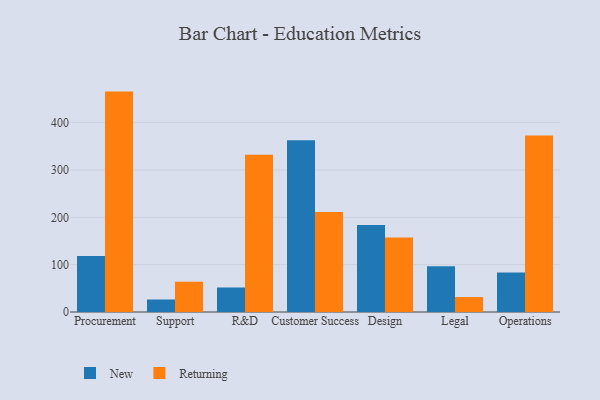
{"axis": {"x": "Department", "y": "Page Views"}, "legend": ["New", "Returning"], "data": [{"x": "Procurement", "y": 118.1, "type": "New"}, {"x": "Procurement", "y": 465.6, "type": "Returning"}, {"x": "Support", "y": 26.4, "type": "New"}, {"x": "Support", "y": 64.0, "type": "Returning"}, {"x": "R&D", "y": 51.8, "type": "New"}, {"x": "R&D", "y": 332.4, "type": "Returning"}, {"x": "Customer Success", "y": 363.0, "type": "New"}, {"x": "Customer Success", "y": 211.2, "type": "Returning"}, {"x": "Design", "y": 183.9, "type": "New"}, {"x": "Design", "y": 157.2, "type": "Returning"}, {"x": "Legal", "y": 96.5, "type": "New"}, {"x": "Legal", "y": 31.5, "type": "Returning"}, {"x": "Operations", "y": 83.2, "type": "New"}, {"x": "Operations", "y": 372.8, "type": "Returning"}]}